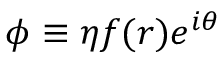
\phi \equiv \eta f ( r ) e ^ { i \theta }